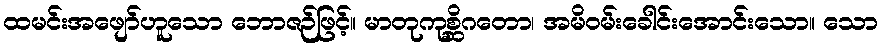
ထမင်းအဖျော်ဟူသော ဘောဇဉ်ဖြင့်။ မာတုကုစ္ဆိဂတော၊ အမိဝမ်းခေါင်းအောင်းသော။ သော